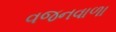
વજનવાળા